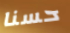
حسنا